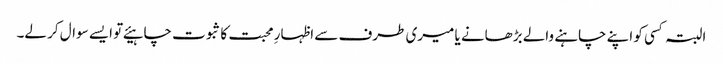
البتہ کسی کو اپنے چاہنے والے بڑھانے یا میری طرف سے اظہارِ محبت کا ثبوت چاہیئے تو ایسے سوال کر لے۔